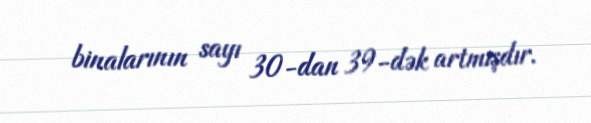
binalarının sayı 30-dan 39-dək artmışdır.